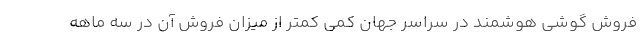
فروش گوشی هوشمند در سراسر جهان کمی کمتر از میزان فروش آن در سه ماهه